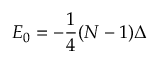
E _ { 0 } = - \frac { 1 } { 4 } ( N - 1 ) \Delta